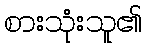
စားသုံးသူ၏